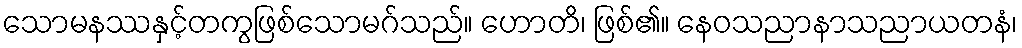
သောမနဿနှင့်တကွဖြစ်သောမဂ်သည်။ ဟောတိ၊ ဖြစ်၏။ နေဝသညာနာသညာယတနံ၊